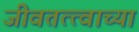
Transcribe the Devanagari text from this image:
जीवतत्त्वाच्या